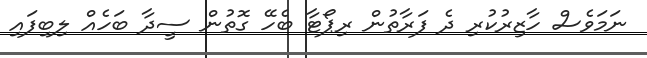
ނަމަވެސް ހާޒިރުކުރި ދެ ފަރާތުން ރިޕޯޓާ ބެހޭ ގޮތުން ސީދާ ބަހެއް ލިބިފައި